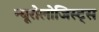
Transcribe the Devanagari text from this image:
न्यूरोलोजिस्ट्स